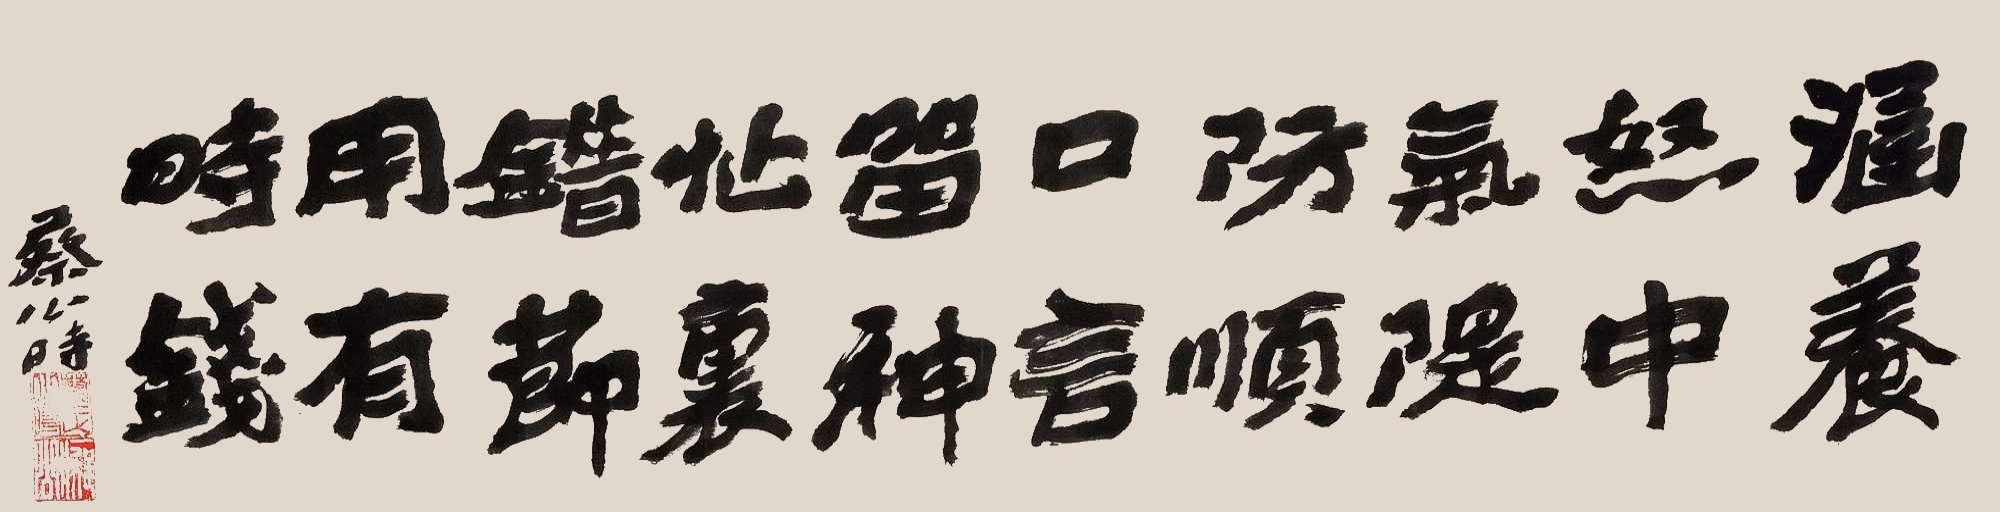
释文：涵养怒中气，隄防顺口言。留神忙里错，节用有时钱。蔡公时。